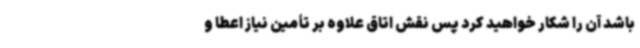
باشد آن را شکار خواهید کرد پس نقش اتاق علاوه بر تأمین نیاز اعطا و